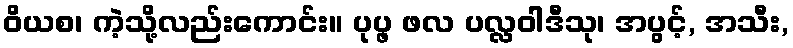
ဝိယစ၊ ကဲ့သို့လည်းကောင်း။ ပုပ္ဖ ဖလ ပလ္လဝါဒီသု၊ အပွင့်, အသီး,